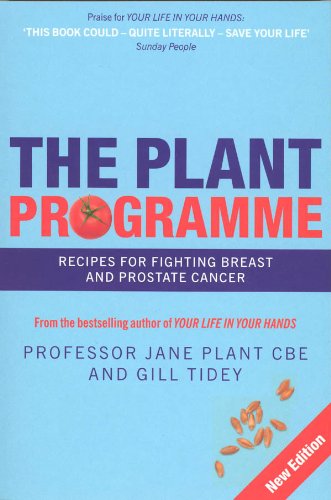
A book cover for Plant Programme: Recipes for Fighting Breast & Prostate Cancer; Jane Plant; Health, Fitness & Dieting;